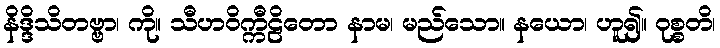
နိဒ္ဒိသိတဗ္ဗာ၊ ကို။ သီဟဝိက္ကီဠိတော နာမ၊ မည်သော။ နယော၊ ဟူ၍။ ဝုစ္စတိ၊